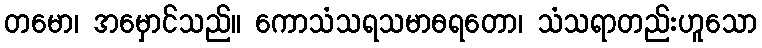
တမော၊ အမှောင်သည်။ ကောသံသရသမာဓရတော၊ သံသရာတည်းဟူသော